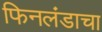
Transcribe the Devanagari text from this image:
फिनलंडाचा